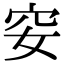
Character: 𥤨